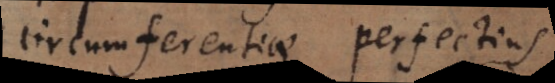
circumferentiae perfectius